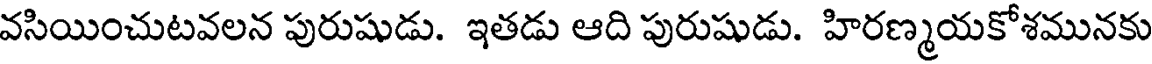
వసియించుటవలన పురుషుడు. ఇతడు ఆది పురుషుడు. హిరణ్మయకోశమునకు